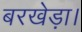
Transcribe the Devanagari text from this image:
बरखेड़ा।